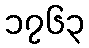
၁၇၆၃